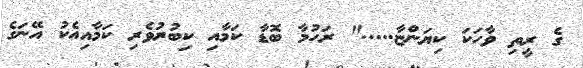
ގެ ރީތި ވާހަކަ ކިޔަންޏާ....." ރަހުމާ ބޮޑާ ކަމާއި ކިބުރުވެރި ކަމާއިއެކު އޭނަގެ